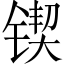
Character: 锲